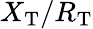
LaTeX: X_{\mathrm{T}}/R_{\mathrm{T}}